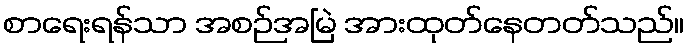
စာရေးရန်သာ အစဉ်အမြဲ အားထုတ်နေတတ်သည်။